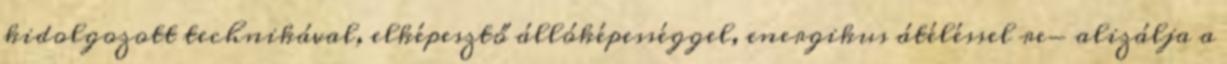
kidolgozott technikával, elképesztő állóképességgel, energikus átéléssel re- alizálja a